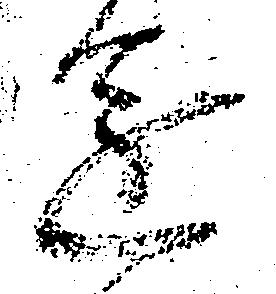
進